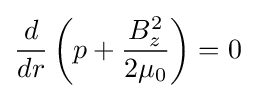
{\frac {d}{dr}}\left(p+{\frac {B_{z}^{2}}{2\mu _{0}}}\right)=0